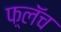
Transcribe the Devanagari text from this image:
फ़्लॅच